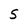
Character: 5